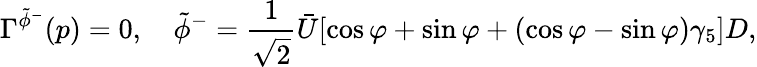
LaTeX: \Gamma^{\tilde{\phi}^{-}}(p)=0,\ \ \ \ \tilde{\phi}^{-}=\frac{1}{\sqrt{2}}\bar{U}[\cos\varphi+\sin\varphi+(\cos\varphi-\sin\varphi)\gamma_{5}]D,